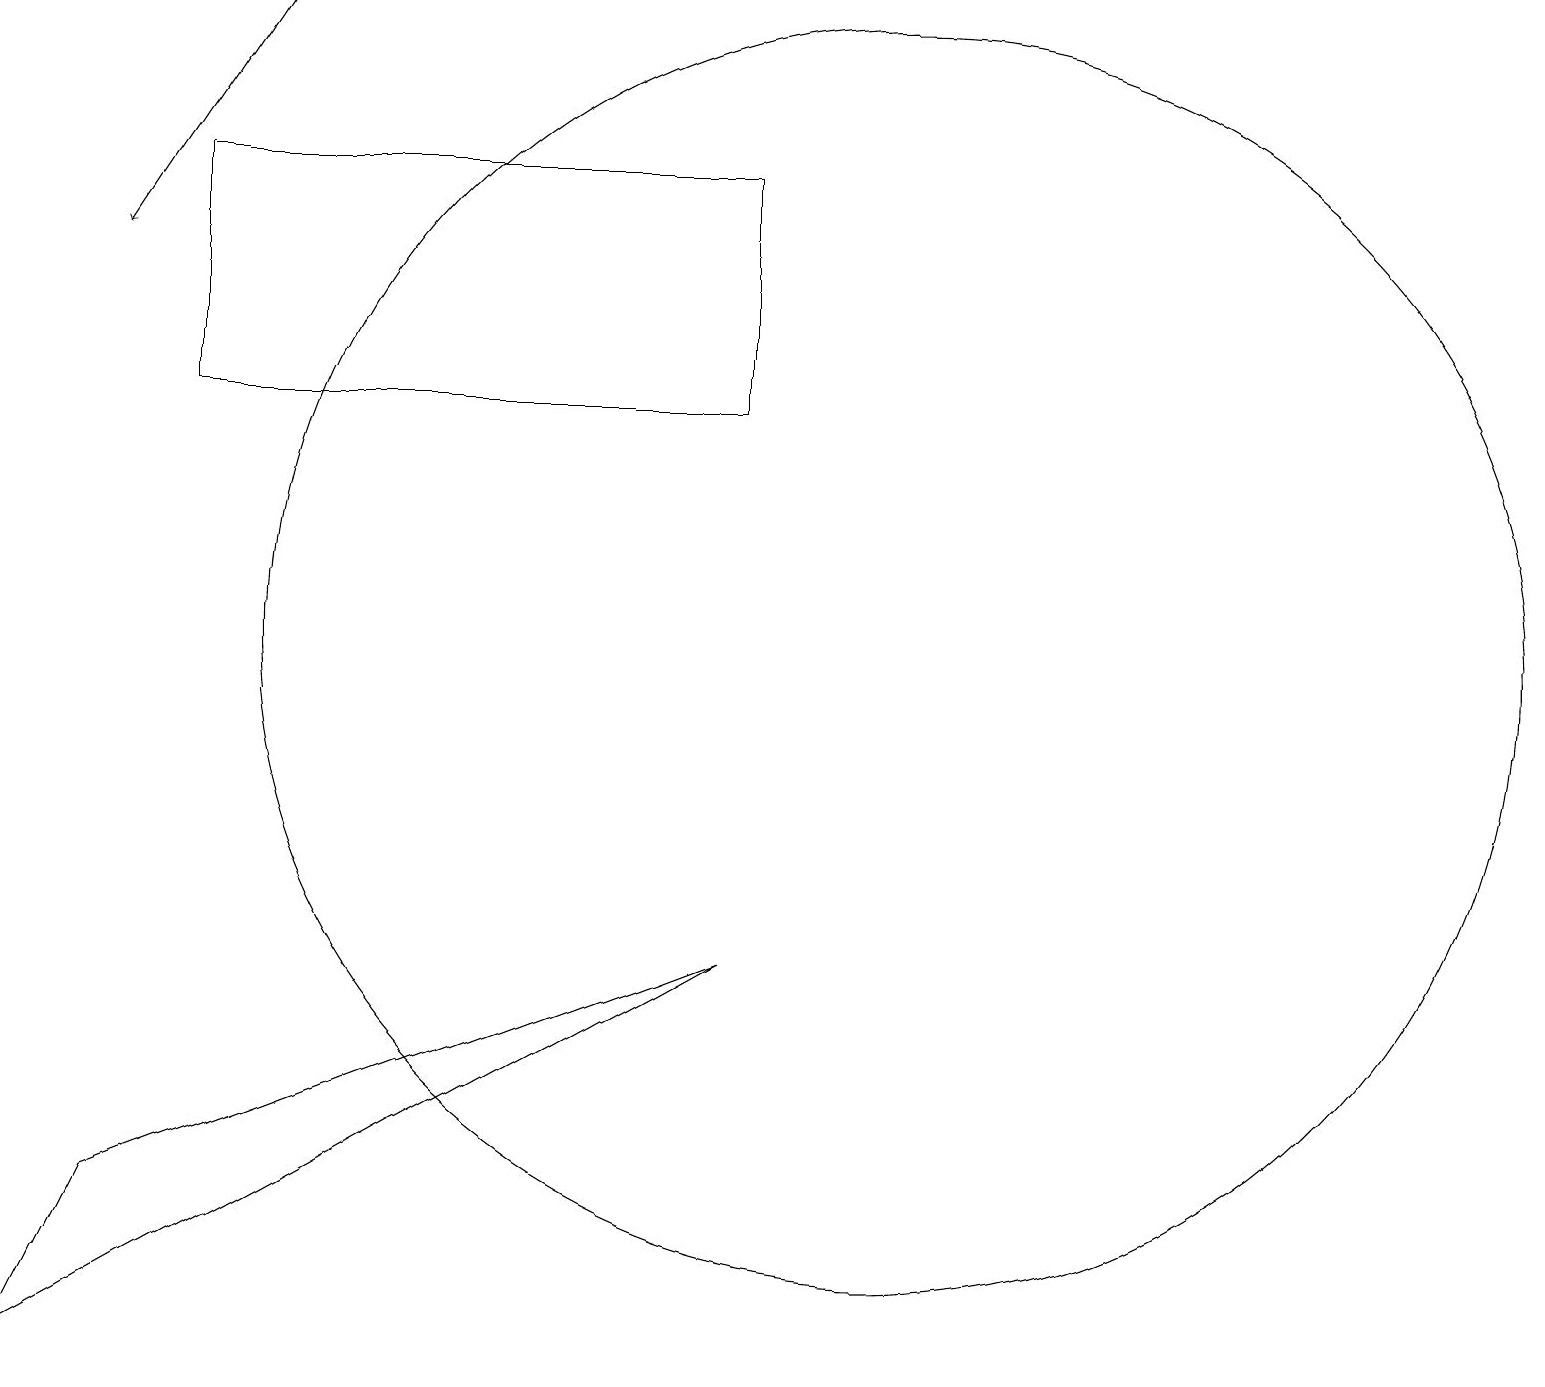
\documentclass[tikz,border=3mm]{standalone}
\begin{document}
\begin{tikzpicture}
\draw (0,1) -- (9,6) -- (1,3) -- cycle;
\draw (2,13) rectangle (9,16);
\draw (11,10) circle (8);
\draw[->] (3,18) -- (1,15);
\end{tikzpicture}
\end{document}